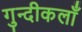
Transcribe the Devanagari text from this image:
गुन्दीकलाँ